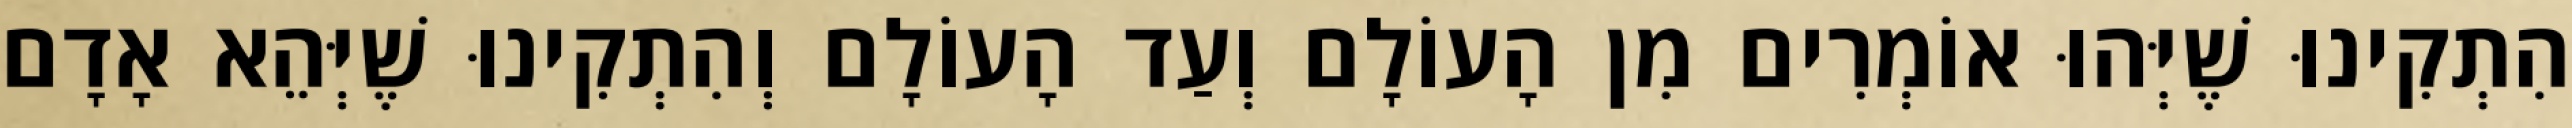
הִתְקִינוּ שֶׁיְּהוּ אוֹמְרִים מִן הָעוֹלָם וְעַד הָעוֹלָם וְהִתְקִינוּ שֶׁיְּהֵא אָדָם